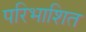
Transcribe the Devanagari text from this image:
परिभाशित